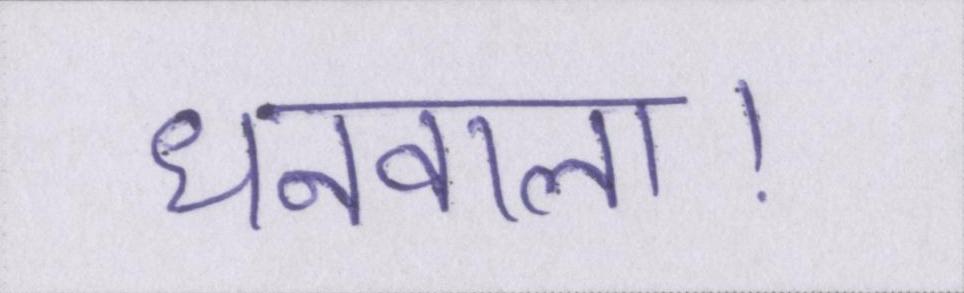
धनवाला।